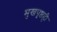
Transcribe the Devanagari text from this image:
मुखपृष्ठही